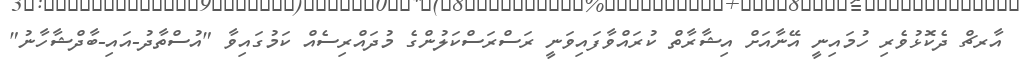
އާރޗް ދެކޮޅުވެރި ހުމައިނީ އޭނާއަށް އިޝާރާތް ކުރައްވާފައިވަނީ ރަސްރަސްކަލުންގެ މުދައްރިސެއް ކަމުގައިވާ "އުސްތާދު-އައި-ބާދްޝާހާނު"